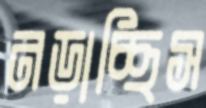
নড়াচ্ছিস